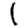
Digit: 1